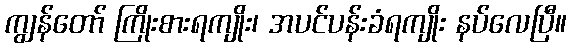
ကျွန်တော် ကြိုးစားရကျိုး၊ အပင်ပန်းခံရကျိုး နပ်လေပြီ။